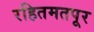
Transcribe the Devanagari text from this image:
रहितमतपूर